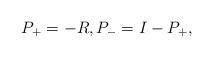
LaTeX: \begin{align*} P_+ =-R,P_- = I-P_+,\end{align*}